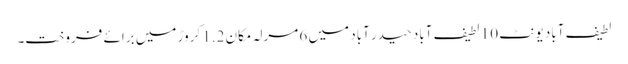
لطیف آباد یونٹ 10 لطیف آباد حیدر آباد میں 6 مرلہ مکان 1.2 کروڑ میں برائے فروخت۔